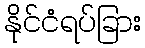
နိုင်ငံရပ်ခြား